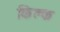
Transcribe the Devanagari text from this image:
किल्क